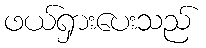
ဖယ်ရှားပေးသည်